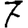
Digit: 7